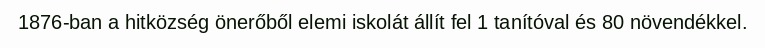
1876-ban a hitközség önerőből elemi iskolát állít fel 1 tanítóval és 80 növendékkel.